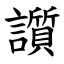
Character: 䜠